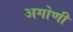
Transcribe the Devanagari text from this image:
अगोणी